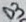
Text: D3